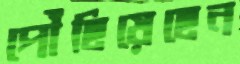
পৌঁছিয়েছেন